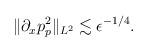
LaTeX: \begin{align*}\begin{aligned}\Vert \partial_x p^2_p\Vert_{L^2}\lesssim \epsilon^{-1/4}.\end{aligned}\end{align*}